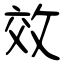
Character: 效